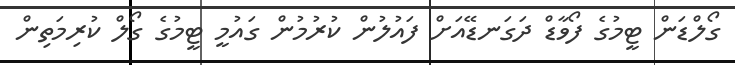
ގޯލްޑަން ޓީމުގެ ފޯވާޑް ދަގަނޑޭއަށް ފައުލުން ކުރުމުން ގައުމީ ޓީމުގެ ގޯލް ކުރިމަތިން